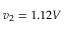
v _ { 2 } = 1 . 1 2 V